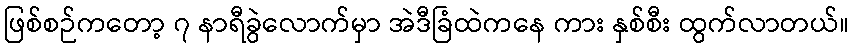
ဖြစ်စဉ်ကတော့ ၇ နာရီခွဲလောက်မှာ အဲဒီခြံထဲကနေ ကား နှစ်စီး ထွက်လာတယ်။